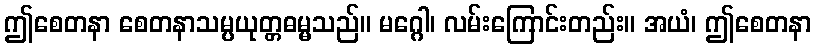
ဤစေတနာ စေတနာသမ္ပယုတ္တဓမ္မသည်။ မဂ္ဂေါ၊ လမ်းကြောင်းတည်း။ အယံ၊ ဤစေတနာ